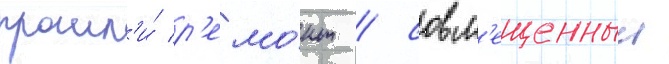
прошл'и́ р'емо́нт / совм'ещенныи